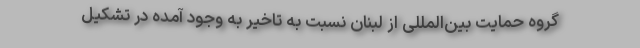
گروه حمایت بین‌المللی از لبنان نسبت به تاخیر به وجود آمده در تشکیل